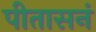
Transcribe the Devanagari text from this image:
पीतासनं